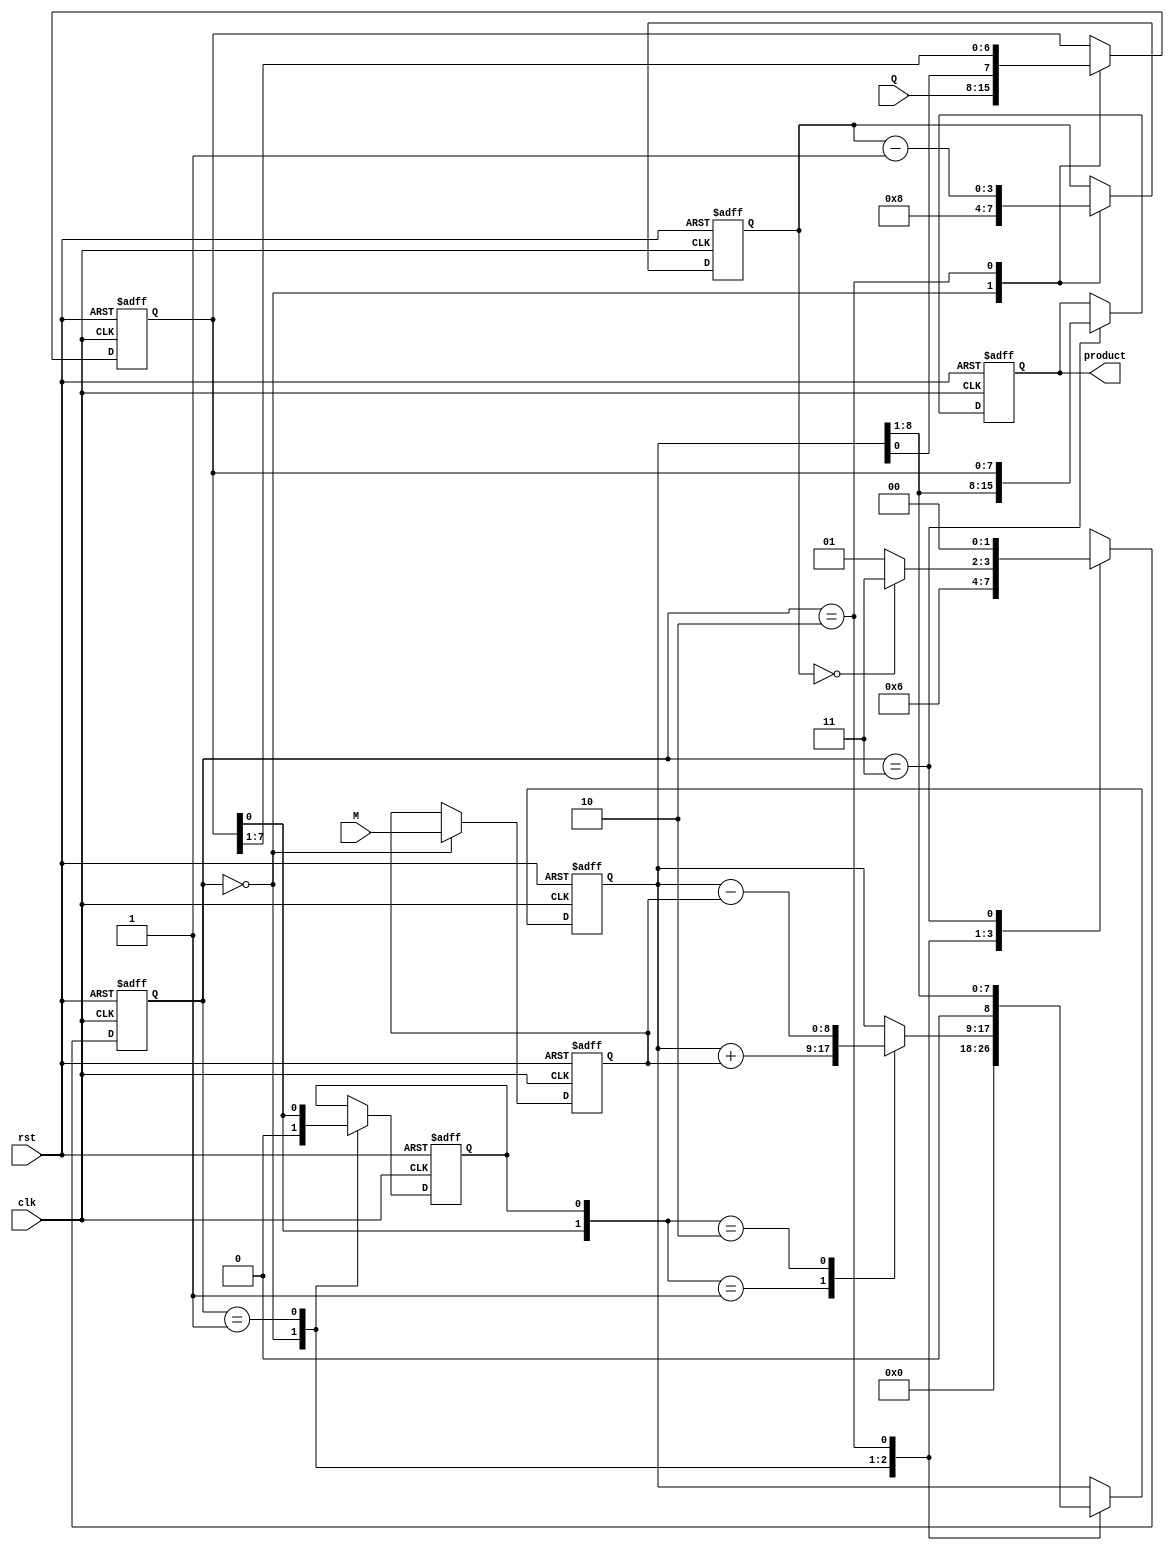
module modified_booth_multiplier #(parameter WIDTH = 8) (
    input wire clk,
    input wire rst,
    input wire [WIDTH-1:0] M, // Multiplicand
    input wire [WIDTH-1:0] Q, // Multiplier
    output reg [2*WIDTH-1:0] product // Final product
);

    reg [WIDTH-1:0] Q_reg; // Register for multiplier
    reg [WIDTH-1:0] M_reg; // Register for multiplicand
    reg [WIDTH:0] A; // Accumulator (WIDTH + 1 for sign extension)
    reg Q_minus_1; // Previous bit of Q
    reg [3:0] count; // Counter for iterations
    reg [1:0] state; // State for FSM

    // State definitions
    localparam IDLE = 2'b00,
               EXECUTE = 2'b01,
               SHIFT = 2'b10,
               DONE = 2'b11;

    // Initialize registers
    always @(posedge clk or posedge rst) begin
        if (rst) begin
            A <= 0;
            Q_reg <= 0;
            M_reg <= 0;
            Q_minus_1 <= 0;
            product <= 0;
            count <= 0;
            state <= IDLE;
        end else begin
            case (state)
                IDLE: begin
                    // Load inputs and initialize
                    M_reg <= M;
                    Q_reg <= Q;
                    A <= 0;
                    Q_minus_1 <= 0;
                    count <= WIDTH; // Number of bits to process
                    state <= EXECUTE;
                end

                EXECUTE: begin
                    // Booth encoding logic
                    case ({Q_reg[0], Q_minus_1})
                        2'b00: begin
                            // No action
                        end
                        2'b01: begin
                            // Add M to A
                            A <= A + {1'b0, M_reg}; // Sign extend M
                        end
                        2'b10: begin
                            // Subtract M from A
                            A <= A - {1'b0, M_reg}; // Sign extend M
                        end
                        2'b11: begin
                            // No action
                        end
                    endcase

                    // Prepare for shifting
                    Q_minus_1 <= Q_reg[0]; // Update Q_minus_1
                    state <= SHIFT; // Move to shift state
                end

                SHIFT: begin
                    // Arithmetic right shift
                    {A, Q_reg} <= {A[WIDTH:0], Q_reg} >> 1; // Shift A and Q together
                    count <= count - 1; // Decrement count

                    if (count == 0) begin
                        state <= DONE; // If done, go to DONE state
                    end else begin
                        state <= EXECUTE; // Otherwise, go back to EXECUTE
                    end
                end

                DONE: begin
                    // Store the final product
                    product <= {A[WIDTH:1], Q_reg}; // Combine A and Q for final product
                    state <= IDLE; // Reset to IDLE
                end
            endcase
        end
    end
endmodule